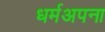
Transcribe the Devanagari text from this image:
धर्मअपना